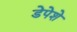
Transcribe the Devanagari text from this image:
डेपेशे